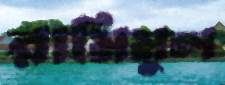
রামিমুল